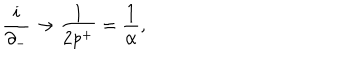
\frac { i } { \partial _ { - } } \rightarrow \frac { 1 } { 2 p ^ { + } } = \frac { 1 } { \alpha } ,